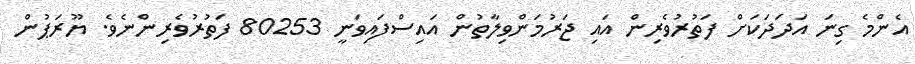
އެންމެ ގިނަ އަދަދަކަށް ފަތުރުވެރިން އައި ޖަރުމަންވިލާތުން އައިސްފައިވަނީ 80253 ފަތުރުވެރިންނެވެ. ޔޫރަޕުން